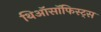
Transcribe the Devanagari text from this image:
थिऑसॉफिस्ट्स